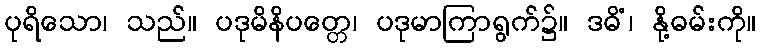
ပုရိသော၊ သည်။ ပဒုမိနိပတ္တေ၊ ပဒုမာကြာရွက်၌။ ဒဓိံ၊ နို့ဓမ်းကို။